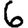
Digit: 6